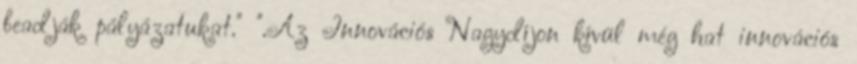
beadják pályázatukat." ".Az Innovációs Nagydíjon kívül még hat innovációs